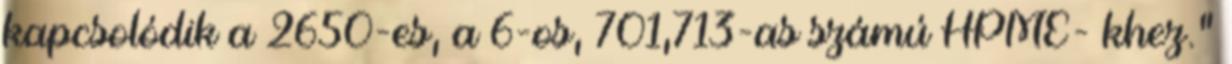
kapcsolódik a 2650-es, a 6-os, 701,713-as számú HPME- khez.”